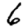
Digit: 6